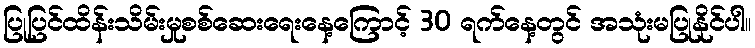
ပြုပြင်ထိန်းသိမ်းမှုစစ်ဆေးရေးနေ့ကြောင့် 30 ရက်နေ့တွင် အသုံးမပြုနိုင်ပါ။